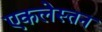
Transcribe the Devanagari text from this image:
एकलेस्तन